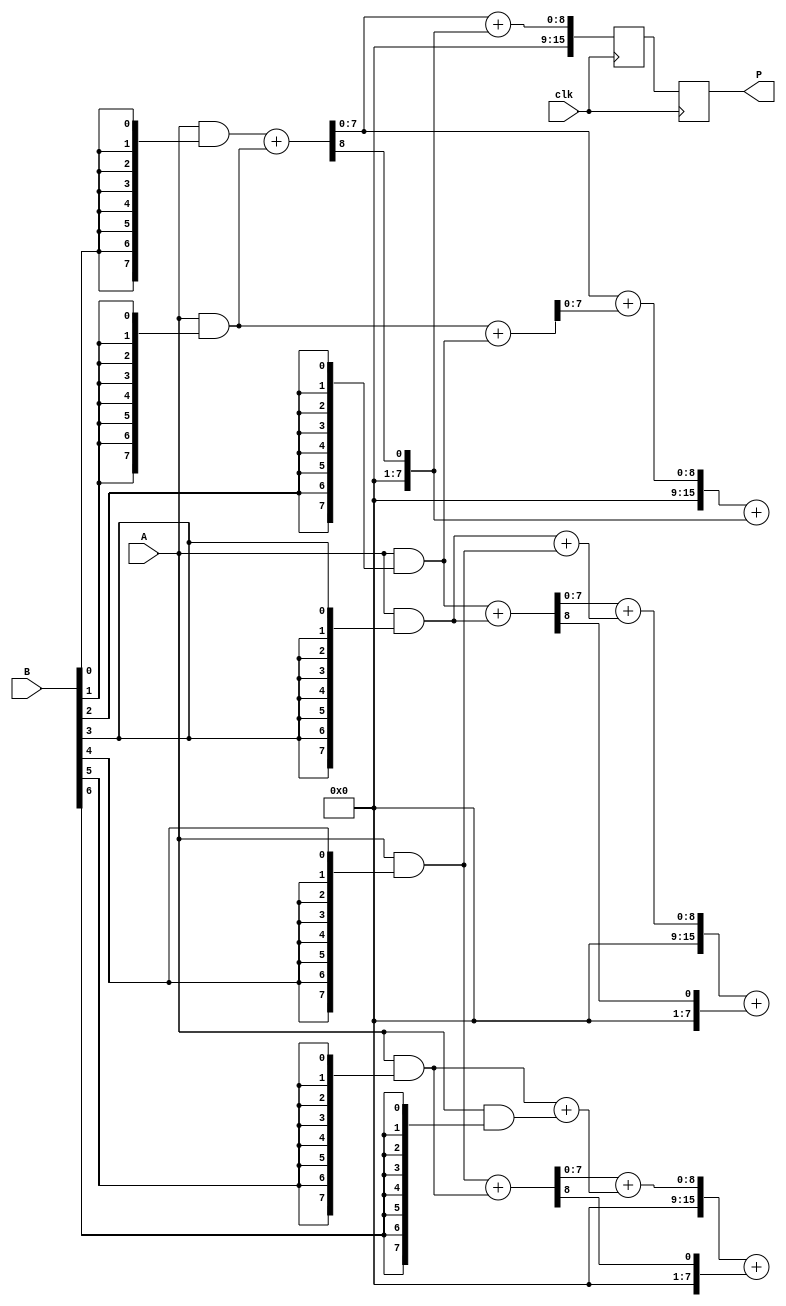
module scalable_wallace_tree_multiplier #(parameter N = 8) (
    input  wire [N-1:0] A, // First operand
    input  wire [N-1:0] B, // Second operand
    input  wire clk,       // Clock signal
    output reg [2*N-1:0] P // Product output
);

    // Internal wires for partial products
    wire [N-1:0] pp [0:N-1]; // Partial products array

    // Generate partial products
    genvar i, j;
    generate
        for (i = 0; i < N; i = i + 1) begin : gen_partial_products
            assign pp[i] = A & {N{B[i]}};
        end
    endgenerate

    // Carry-Save Adder (CSA) structure
    wire [N-1:0] sum [0:N-1];
    wire [N-1:0] carry [0:N-1];

    // Initial stage of CSA
    generate
        for (i = 0; i < N-1; i = i + 1) begin : first_csa_stage
            if (i < N-1) begin
                assign {carry[i], sum[i]} = pp[i] + pp[i+1];
            end
        end
    endgenerate

    // Wallace Tree reduction
    genvar level;
    for (level = 1; level < N; level = level + 1) begin : wallace_reduction
        for (i = 0; i < (N >> level); i = i + 1) begin : csa_level
            if (i < (N >> level) - 1) begin
                assign {carry[i], sum[i]} = sum[i*2] + sum[i*2+1] + carry[i*2];
            end
        end
    end

    // Final addition stage
    reg [2*N-1:0] final_sum;
    reg [2*N-1:0] final_carry;

    always @(posedge clk) begin
        final_sum <= {1'b0, sum[0]} + {1'b0, carry[0]}; // Final addition
        P <= final_sum;
    end

endmodule